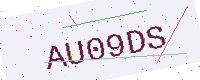
Text: AU09DS